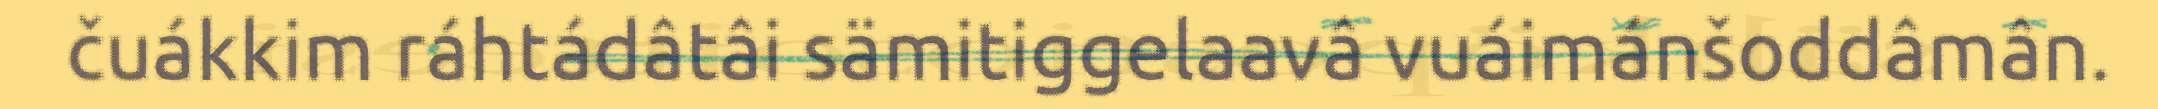
čuákkim ráhtádâtâi sämitiggelaavâ vuáimánšoddâmân.